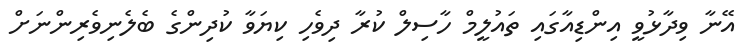
އޭނާ ވިދާޅުވީ އިންޑިއާގައި ތައުލީމް ހާސިލް ކުރާ ދިވެހި ކިޔަވާ ކުދިންގެ ބެލެނިވެރިންނަށް